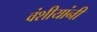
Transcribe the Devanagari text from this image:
वंशीयांनी